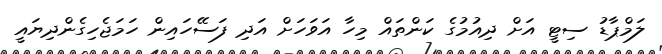
ލަމްޕާޑު ސިޓީ އަށް ދިއުމުގެ ކަންތައް މިހާ އަވަހަށް އަދި ފަސޭހައިން ހަމަޖެހިގެންދިޔައީ